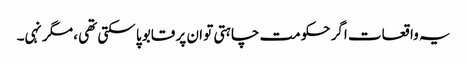
یہ واقعات اگر حکومت چاہتی تو ان پر قابو پا سکتی تھی ، مگر نہی۔